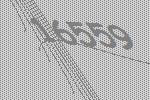
16559